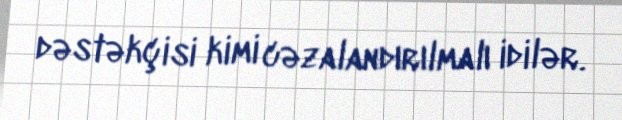
dəstəkçisi kimi cəzalandırılmalı idilər.